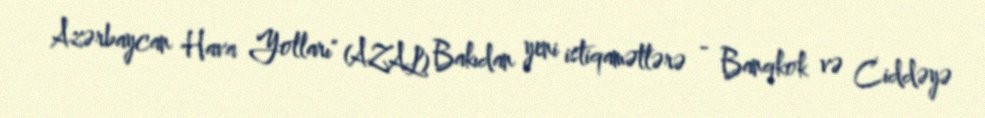
Azərbaycan Hava Yolları" (AZAL) Bakıdan yeni istiqamətlərə - Banqkok və Ciddəyə